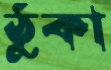
ঠুকা